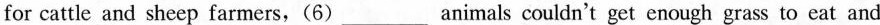
for cattle and sheep farmers,(6)___animals couldn't get enough grass to eat and